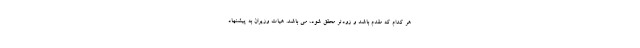
هر کدام که مقدم باشد و زودتر محقق شود، می باشد. هیات وزیران به پیشنهاد